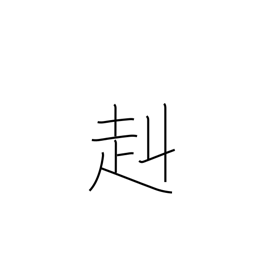
Meaning: strong and brave